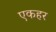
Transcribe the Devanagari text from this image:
एकहर